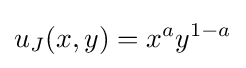
u_{J}(x,y)=x^{a}y^{1-a}